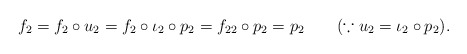
\begin{align*}f_{2} =f_{2}\circ u_{2} =f_{2}\circ \iota_{2}\circ p_{2} =f_{22}\circ p_{2} =p_{2}~~~~~~(\because u_{2}=\iota_{2}\circ p_{2}).\end{align*}